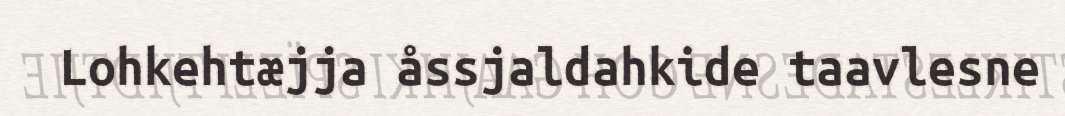
Lohkehtæjja åssjaldahkide taavlesne